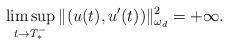
LaTeX: \begin{align*}\limsup_{t\to T_{*}^{-}}\|(u(t),u'(t))\|_{\omega_{d}}^{2}=+\infty.\end{align*}